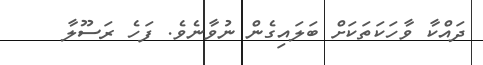
ދައްކާ ވާހަކަތަކަށް ބަލައިގެން ނުވާނެވެ. ފަހެ ރަސޫލާ